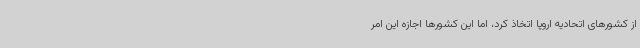
از کشورهای اتحادیه اروپا اتخاذ کرد، اما این کشورها اجازه‌ این امر